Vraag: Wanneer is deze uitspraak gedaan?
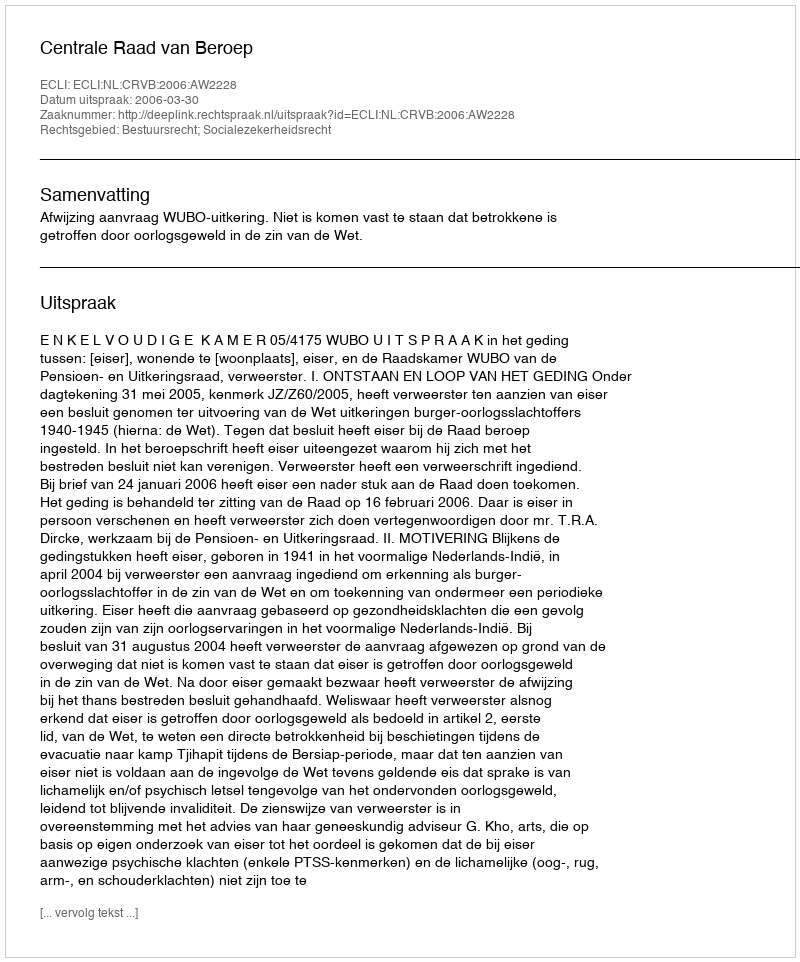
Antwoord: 2006-03-30